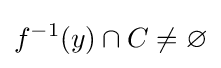
f^{-1}(y)\cap C\neq \varnothing